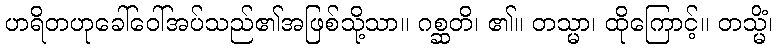
ဟရိတဟုခေါ်ဝေါ်အပ်သည်၏အဖြစ်သို့သာ။ ဂစ္ဆတိ၊ ၏။ တသ္မာ၊ ထိုကြောင့်။ တသ္မိံ၊